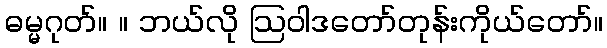
ဓမ္မဂုတ်။ ။ ဘယ်လို ဩဝါဒတော်တုန်းကိုယ်တော်။